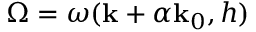
\Omega = \omega ( \mathbf { k } + \alpha \mathbf { k } _ { 0 } , h )